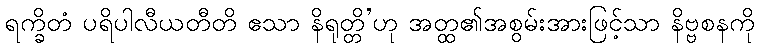
ရက္ခိတံ ပရိပါလီယတီတိ ဧသာ နိရုတ္တိ’ဟု အတ္ထ၏အစွမ်းအားဖြင့်သာ နိဗ္ဗစနကို